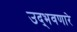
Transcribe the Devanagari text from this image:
उद्‌भवणारे